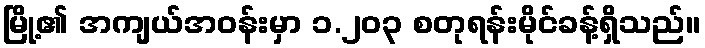
မြို့၏ အကျယ်အဝန်းမှာ ၁.၂၀၃ စတုရန်းမိုင်ခန့်ရှိသည်။